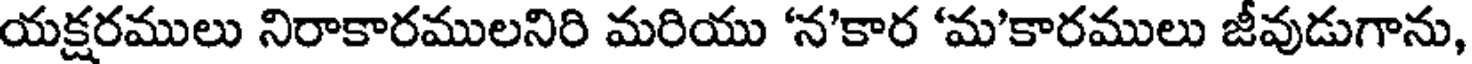
యక్షరములు నిరాకారములనిరి మరియు 'న'కార 'మ'కారములు జీవుడుగాను,